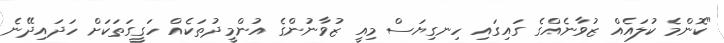
"ކޮންމެ ކުލައެއް ޒުވާނެއްގެ ގައިގައި ހިނގިޔަސް މިއީ ޒުވާނުންގެ އުންމީދުތަކެއް ހަގީގަތަކަށް ހަދައިދޭނެ